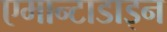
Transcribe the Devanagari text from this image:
एमान्टाडाइन